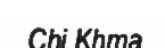
Chi Khma